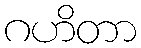
ဂဟိတာ